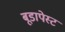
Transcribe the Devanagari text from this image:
बूडापेस्ट